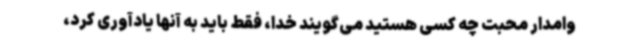
وامدار محبت چه کسی هستید می‌گویند خدا، فقط باید به آنها یادآوری کرد،